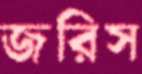
জরিস